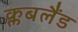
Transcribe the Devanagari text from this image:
क्लबलैंड